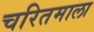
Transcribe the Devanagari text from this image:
चरितमाला